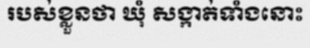
របស់ខ្លួនថា ឃុំ សង្កាត់ទាំងនោះ